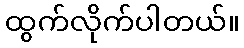
ထွက်လိုက်ပါတယ်။